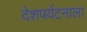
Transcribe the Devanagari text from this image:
देशपर्यटनाला